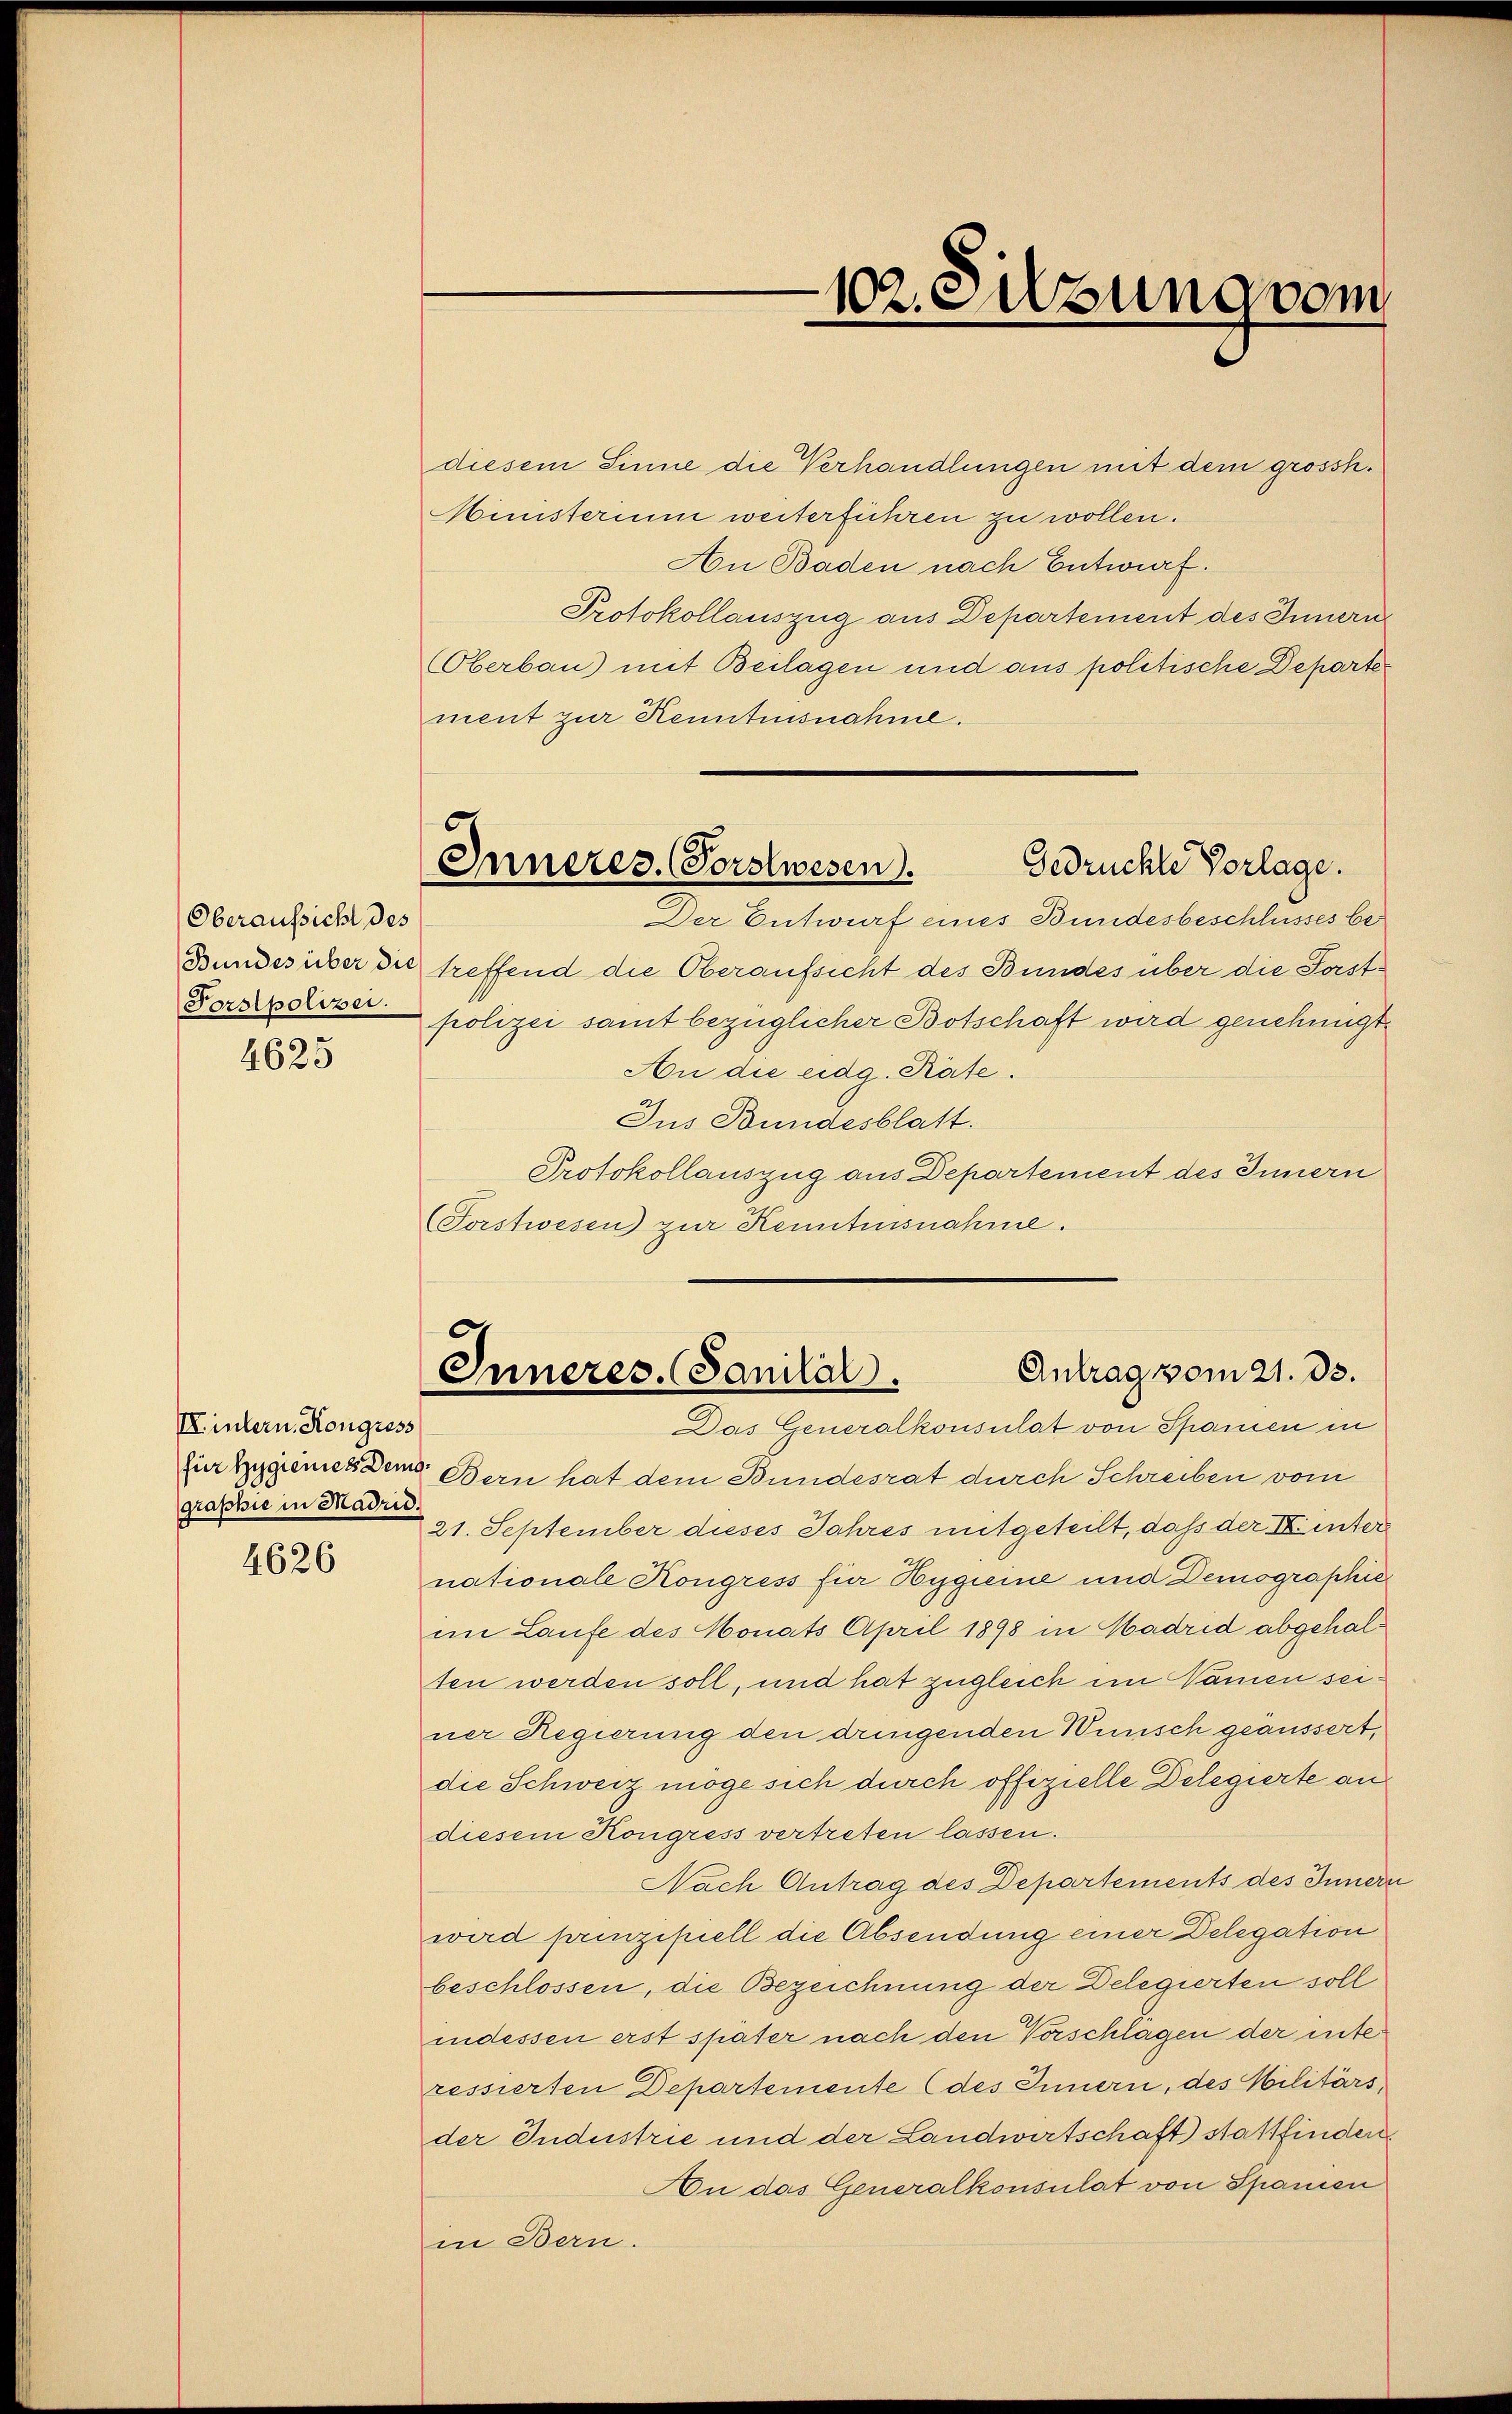
Oberaufsicht des
Forstpolizei.

4625

II intern. Kongress
graphie in Madrid.

4626

diesem Sinne die Verhandlungen mit dem grossh.
Ministerium weiterführen zu wollen.
An Baden nach Entwurf.
Protokollauszug aus Departement des Innern
Oberbau) mit Beilagen und aus politische Departement zur Kenntnisnahme.
Der Entwurf eines Bundesbeschlusses be¬
Bundesüber die treffend die Oberaufsicht des Bundes über die Fastpolizei samt bezüglicher Botschaft wird genehmigt.
An die eidg. Räte.
Jus Bundesblatt.
Protokollauszug aus Departement des Innern
(Torstwesen zur Kenntensnahme.

s
102. Sitzung vom

c
6
Inneres. (Forstwesen.
Gedrückte Vorlage.

Antrag vom 21. ds.
Inneres. Sanital.

Das Generalkonsulat von Spanien in
zur Eigenes dem Bern hat dem Bundesrat durch Schreiben vom
21. September dieses Jahres mitgeteilt, daß der I. unter
nationale Kongress für Hygieine und Demographie
im Laufe des Monats April 1898 in Hadrid abgehalten werden soll, und hat zugleich im Namen seiner Regierung den dringenden Wünsch geäussert,
die Schweiz möge sich durch offizielle Delegierte an
diesem Kongress vertreten lassen.
Nach Antrag des Departements des Innern
wird prinzipiell die Absendung einer Delegation
beschlossen, die Bezeichnung der Delegierten soll
indessen erst später nach den Vorschlagen der inte
ressierten Departemente (des Innern, des Militärs
der Industrie und der Landwirtschaft stattfinden
An das Generalkonsulat von Spanien
in Bern.